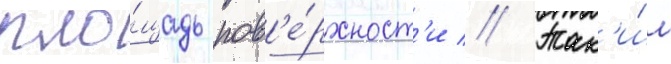
пло́щадь пов'е́рхност'и // Так'и́м